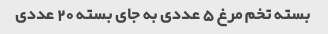
بسته تخم مرغ ٥ عددی به جای بسته ٢٠ عددی